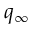
q _ { \infty }